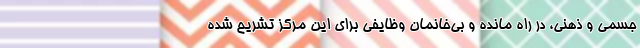
جسمی و ذهنی، در راه مانده و بی‌خانمان وظایفی برای این مرکز تشریح شده